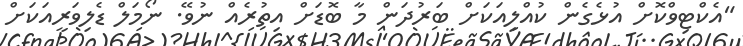
"އެކްޓިވްކޮށް އުޅެގެން ކުއްލިއަކަށް ބަރުދަން މާ ބޮޑަށް އިތުރެއް ނުވޭ. ނޯމަލް ޑެލިވަރީއަކަށް